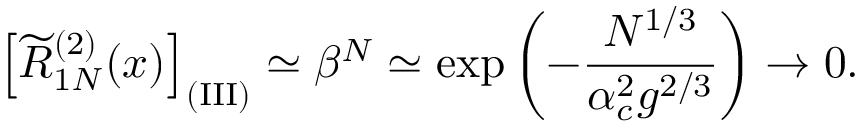
\left[ \widetilde R _ { 1 N } ^ { ( 2 ) } ( x ) \right] _ { \mathrm { ( I I I ) } } \simeq \beta ^ { N } \simeq \exp \left( - { \frac { N ^ { 1 / 3 } } { \alpha _ { c } ^ { 2 } g ^ { 2 / 3 } } } \right) \rightarrow 0 .